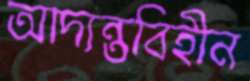
আদ্যন্তবিহীন